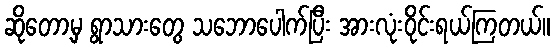
ဆိုတော့မှ ရွာသားတွေ သဘောပေါက်ပြီး အားလုံးဝိုင်းရယ်ကြတယ်။